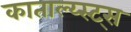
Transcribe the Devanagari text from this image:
काताल्य्स्ट्स